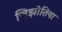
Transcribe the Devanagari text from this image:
जिझोतिया